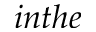
i n t h e